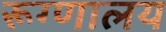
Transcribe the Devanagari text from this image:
रूग्‍णालय